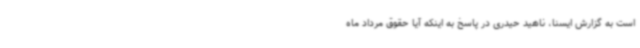
است به گزارش ایسنا، ناهید حیدری در پاسخ به اینکه آیا حقوق مرداد ماه